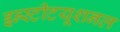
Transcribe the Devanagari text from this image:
इन्स्टीटयूशनल